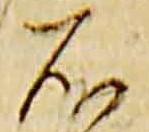
石